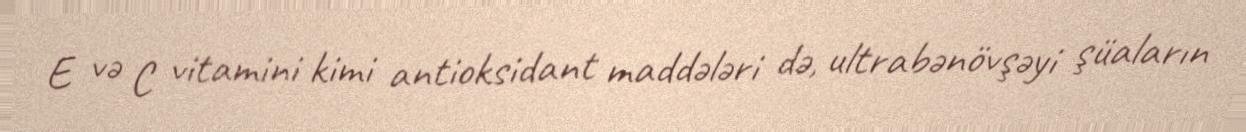
E və C vitamini kimi antioksidant maddələri də, ultrabənövşəyi şüaların